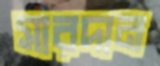
সারদান